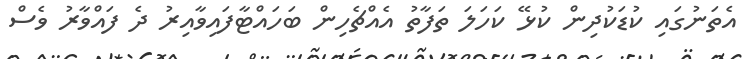
އެތަނުގައި ކުޑަކުދިން ކުޅޭ ކަހަލަ ތަފާތު އެއްޗެހިން ބަހައްޓާފައިވާއިރު ދެ ފައްވާރު ވެސް